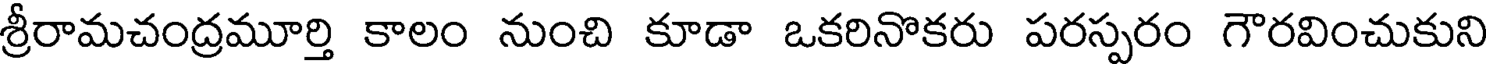
శ్రీరామచంద్రమూర్తి కాలం నుంచి కూడా ఒకరినొకరు పరస్పరం గౌరవించుకుని